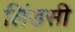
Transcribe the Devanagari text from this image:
लिंडसी